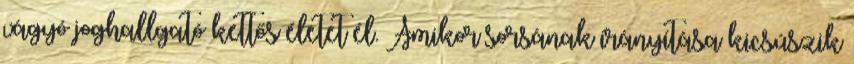
vágyó joghallgató kettős életet él. Amikor sorsának irányítása kicsúszik